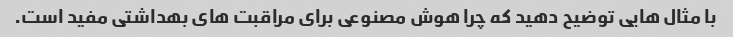
با مثال هایی توضیح دهید که چرا هوش مصنوعی برای مراقبت های بهداشتی مفید است.